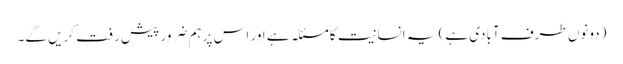
(دونوں طرف آبادی ہے) یہ انسانیت کا مسئلہ ہے اور اس پر ہم ضرور پیش رفت کریں گے۔